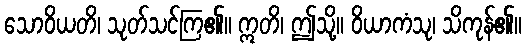
သောဝိယတိ၊ သုတ်သင်ကြ၏။ ဣတိ၊ ဤသို့။ ဝိယာကံသု၊ သိကုန်၏။